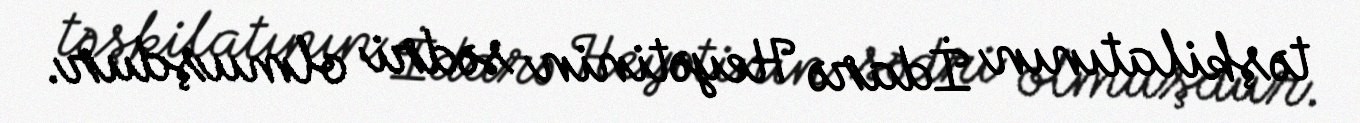
təşkilatının İdarə Heyətinin sədri olmuşdur.